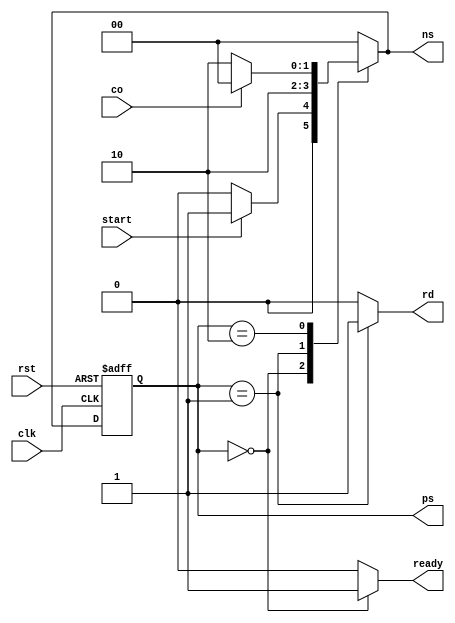
module rotate_CU (
    clk,
    rst,
    start,
    co,
    
    ready,
    rd,
    ps,
    ns
);  
    input clk, rst;
    input start, co;
    output reg ready, rd;
	
    output reg [1:0] ps, ns;

    parameter [1:0] 
        IDLE = 2'd0,
        READ = 2'd1,
	DO = 2'd2;

    
    always @(ps, start, co) begin
        case (ps)
            IDLE:  ns = start ? READ : IDLE;
            READ:  ns = DO;
	    DO: ns = co ? IDLE : DO;
            default: ns = IDLE;
        endcase
    end

    always @(ps) begin
        {ready, rd} = 0;
        case (ps)
            IDLE: ready = 1'b1;
            READ: rd = 1'b1;
        endcase
    end

    always @(posedge clk, posedge rst) begin
        if(rst)
            ps <= IDLE;
        else
            ps <= ns;
    end


endmodule